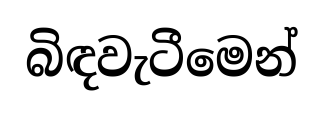
බිඳවැටීමෙන්